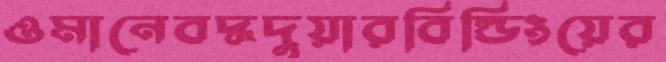
ওমানেবদ্ধদুয়ারবিল্ডিংয়ের